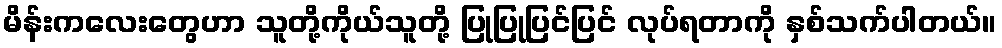
မိန်းကလေးတွေဟာ သူတို့ကိုယ်သူတို့ ပြုပြုပြင်ပြင် လုပ်ရတာကို နှစ်သက်ပါတယ်။